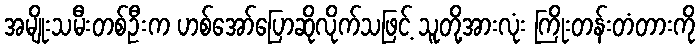
အမျိုးသမီးတစ်ဦးက ဟစ်အော်ပြောဆိုလိုက်သဖြင့် သူတို့အားလုံး ကြိုးတန်းတံတားကို